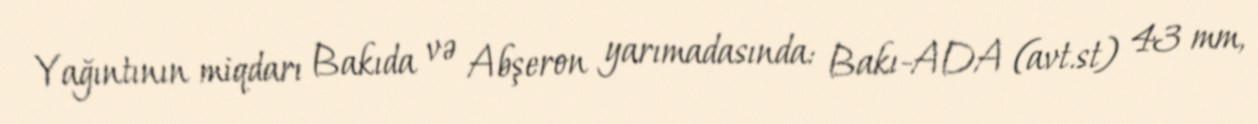
Yağıntının miqdarı Bakıda və Abşeron yarımadasında: Bakı-ADA (avt.st) 43 mm,